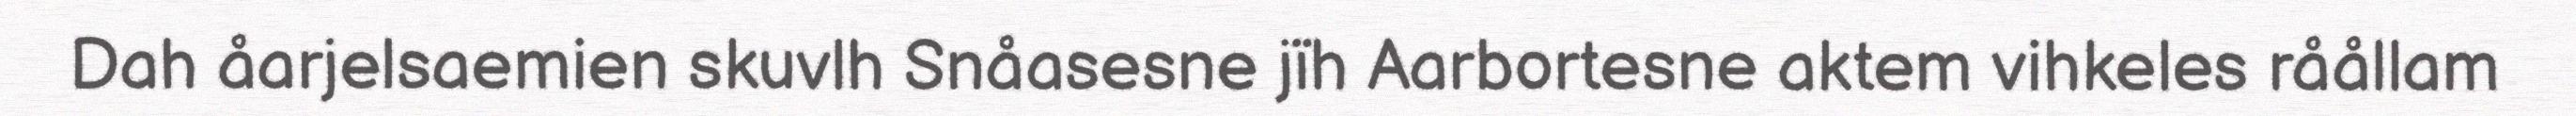
Dah åarjelsaemien skuvlh Snåasesne jïh Aarbortesne aktem vihkeles råållam